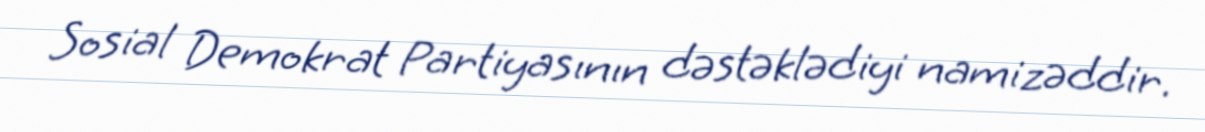
Sosial Demokrat Partiyasının dəstəklədiyi namizəddir.